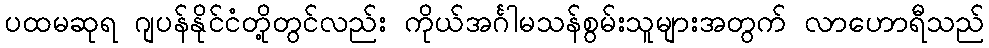
ပထမဆုရ ဂျပန်နိုင်ငံတို့တွင်လည်း ကိုယ်အင်္ဂါမသန်စွမ်းသူများအတွက် လာဟောရီသည်